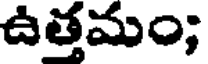
ఉత్తమం;